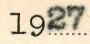
1927